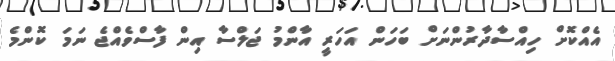
އެއްކޮށް ހިއްސާދާރުންނަށް ބަހަން އަހަރީ އާންމު ޖަލްސާ އިން ފާސްވެއްޖެ ނަމަ ކޮންމެ